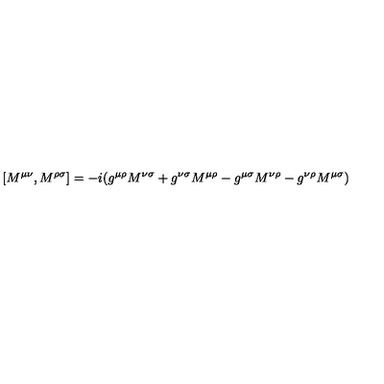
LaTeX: [ M ^ { \mu \nu } , M ^ { \rho \sigma } ] = - i ( g ^ { \mu \rho } M ^ { \nu \sigma } + g ^ { \nu \sigma } M ^ { \mu \rho } - g ^ { \mu \sigma } M ^ { \nu \rho } - g ^ { \nu \rho } M ^ { \mu \sigma } )